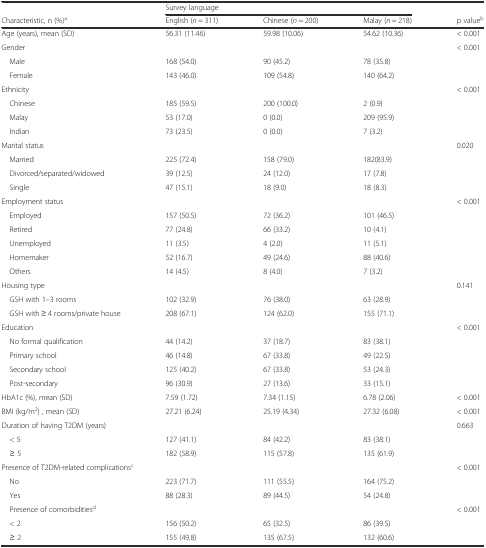
<table><thead><tr><td></td><td colspan="3"><b>Survey language</b></td><td></td></tr><tr><td><b>Characteristic, n (%)<sup>a</sup></b></td><td><b>English (<i>n</i> = 311)</b></td><td><b>Chinese (<i>n</i> = 200)</b></td><td><b>Malay (<i>n</i> = 218)</b></td><td><b>p value<sup>b</sup></b></td></tr></thead><tbody><tr><td>Age (years), mean (SD)</td><td>56.31 (11.46)</td><td>59.98 (10.06)</td><td>54.62 (10.36)</td><td>&lt; 0.001</td></tr><tr><td>Gender</td><td></td><td></td><td></td><td>&lt; 0.001</td></tr><tr><td> Male</td><td>168 (54.0)</td><td>90 (45.2)</td><td>78 (35.8)</td><td></td></tr><tr><td> Female</td><td>143 (46.0)</td><td>109 (54.8)</td><td>140 (64.2)</td><td></td></tr><tr><td>Ethnicity</td><td></td><td></td><td></td><td>&lt; 0.001</td></tr><tr><td> Chinese</td><td>185 (59.5)</td><td>200 (100.0)</td><td>2 (0.9)</td><td></td></tr><tr><td> Malay</td><td>53 (17.0)</td><td>0 (0.0)</td><td>209 (95.9)</td><td></td></tr><tr><td> Indian</td><td>73 (23.5)</td><td>0 (0.0)</td><td>7 (3.2)</td><td></td></tr><tr><td>Marital status</td><td></td><td></td><td></td><td>0.020</td></tr><tr><td> Married</td><td>225 (72.4)</td><td>158 (79.0)</td><td>182(83.9)</td><td></td></tr><tr><td> Divorced/separated/widowed</td><td>39 (12.5)</td><td>24 (12.0)</td><td>17 (7.8)</td><td></td></tr><tr><td> Single</td><td>47 (15.1)</td><td>18 (9.0)</td><td>18 (8.3)</td><td></td></tr><tr><td>Employment status</td><td></td><td></td><td></td><td>&lt; 0.001</td></tr><tr><td> Employed</td><td>157 (50.5)</td><td>72 (36.2)</td><td>101 (46.5)</td><td></td></tr><tr><td> Retired</td><td>77 (24.8)</td><td>66 (33.2)</td><td>10 (4.1)</td><td></td></tr><tr><td> Unemployed</td><td>11 (3.5)</td><td>4 (2.0)</td><td>11 (5.1)</td><td></td></tr><tr><td> Homemaker</td><td>52 (16.7)</td><td>49 (24.6)</td><td>88 (40.6)</td><td></td></tr><tr><td> Others</td><td>14 (4.5)</td><td>8 (4.0)</td><td>7 (3.2)</td><td></td></tr><tr><td>Housing type</td><td></td><td></td><td></td><td>0.141</td></tr><tr><td> GSH with 1–3 rooms</td><td>102 (32.9)</td><td>76 (38.0)</td><td>63 (28.9)</td><td></td></tr><tr><td> GSH with ≥ 4 rooms/private house</td><td>208 (67.1)</td><td>124 (62.0)</td><td>155 (71.1)</td><td></td></tr><tr><td>Education</td><td></td><td></td><td></td><td>&lt; 0.001</td></tr><tr><td> No formal qualification</td><td>44 (14.2)</td><td>37 (18.7)</td><td>83 (38.1)</td><td></td></tr><tr><td> Primary school</td><td>46 (14.8)</td><td>67 (33.8)</td><td>49 (22.5)</td><td></td></tr><tr><td> Secondary school</td><td>125 (40.2)</td><td>67 (33.8)</td><td>53 (24.3)</td><td></td></tr><tr><td> Post-secondary</td><td>96 (30.9)</td><td>27 (13.6)</td><td>33 (15.1)</td><td></td></tr><tr><td>HbA1c (%), mean (SD)</td><td>7.59 (1.72)</td><td>7.34 (1.15)</td><td>6.78 (2.06)</td><td>&lt; 0.001</td></tr><tr><td>BMI (kg/m<sup>2</sup>) , mean (SD)</td><td>27.21 (6.24)</td><td>25.19 (4.34)</td><td>27.32 (6.08)</td><td>&lt; 0.001</td></tr><tr><td>Duration of having T2DM (years)</td><td></td><td></td><td></td><td>0.663</td></tr><tr><td> &lt; 5</td><td>127 (41.1)</td><td>84 (42.2)</td><td>83 (38.1)</td><td></td></tr><tr><td> ≥ 5</td><td>182 (58.9)</td><td>115 (57.8)</td><td>135 (61.9)</td><td></td></tr><tr><td colspan="2">Presence of T2DM-related complications<sup>c</sup></td><td></td><td></td><td>&lt; 0.001</td></tr><tr><td> No</td><td>223 (71.7)</td><td>111 (55.5)</td><td>164 (75.2)</td><td></td></tr><tr><td> Yes</td><td>88 (28.3)</td><td>89 (44.5)</td><td>54 (24.8)</td><td></td></tr><tr><td> Presence of comorbidities<sup>d</sup></td><td></td><td></td><td></td><td>&lt; 0.001</td></tr><tr><td> &lt; 2</td><td>156 (50.2)</td><td>65 (32.5)</td><td>86 (39.5)</td><td></td></tr><tr><td> ≥ 2</td><td>155 (49.8)</td><td>135 (67.5)</td><td>132 (60.6)</td><td></td></tr></tbody></table>